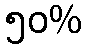
၅၀%